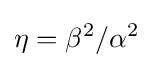
\eta =\beta ^{2}/\alpha ^{2}